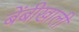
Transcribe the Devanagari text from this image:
बेंबीखाली